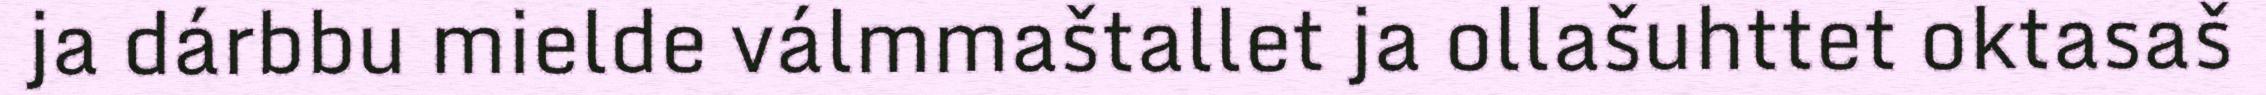
ja dárbbu mielde válmmaštallet ja ollašuhttet oktasaš